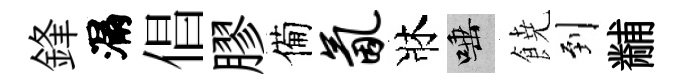
鋒漏倡膠備氤牀唾𩜙到黼